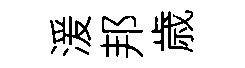
湲邦歳